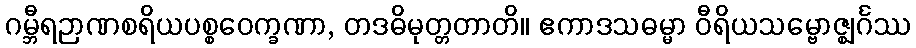
ဂမ္ဘီရဉာဏစရိယပစ္စဝေက္ခဏာ, တဒဓိမုတ္တတာတိ။ ဧကာဒသဓမ္မာ ဝီရိယသမ္ဗောဇ္ဈင်္ဂဿ